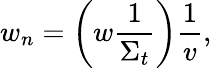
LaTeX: w_{n}=\left(w\frac{1}{\Sigma_{t}}\right)\frac{1}{v},